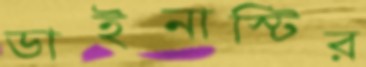
ডাইনাস্টির